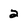
Character: 2